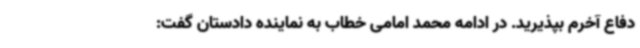
دفاع آخرم بپذیرید. در ادامه محمد امامی خطاب به نماینده دادستان گفت: